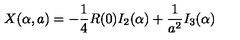
X ( \alpha , a ) = - \frac 1 4 R ( 0 ) I _ { 2 } ( \alpha ) + { \frac { 1 } { a ^ { 2 } } } I _ { 3 } ( \alpha )